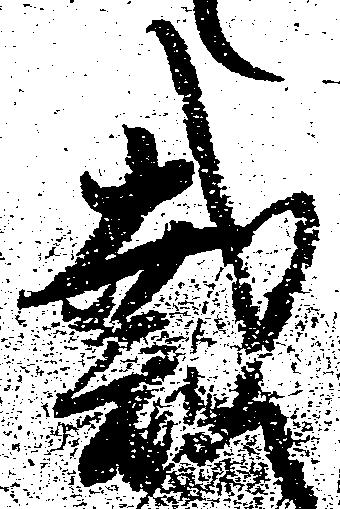
裁